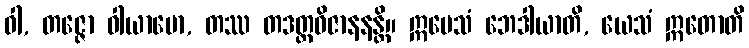
ဝါ, တဇ္ဇော ဝါယာမော, တဿ တဒတ္ထဝိဇာနနန္တိ။ ဣမေသံ ဘေဒါယာတိ, ယေသံ ဣတောတိ